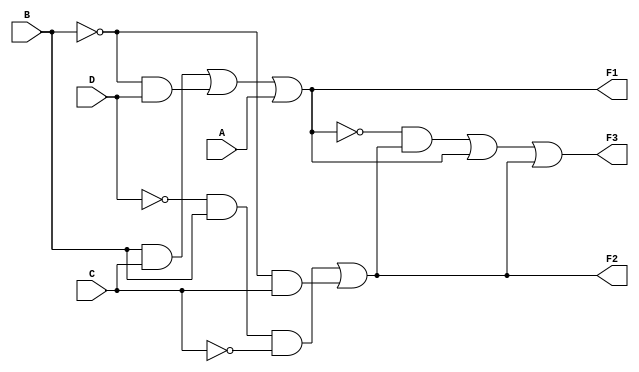
module GL_lab2_3(F1, F2, F3, A, B, C, D);

input A, B, C, D;
output F1, F2, F3;
wire w1, w2, w3, w4, w5, w6, w7, w8, w9;

not G0(w1, D);
not G1(w2, C);
not G2(w3, B);
and G3(w4, w1, B, w2);
and G4(w5, w3, C);
and G5(w6, w3, D);
and G6(w7, B, C);
or G7(F1, w7, w6, A);
or G8(F2, w4, w5);
not G10(w8, F1);
and G11(w9, w8, F2);
or G12(F3, w9, F1, F2);

endmodule